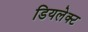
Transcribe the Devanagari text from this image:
डियलेक्ट